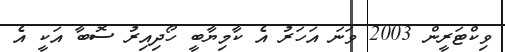
ވިކްޓަރީން 2003 ވަނަ އަހަރު އެ ކާމިޔާބީ ހޯދިއިރު ސޮބާ އަކީ އެ